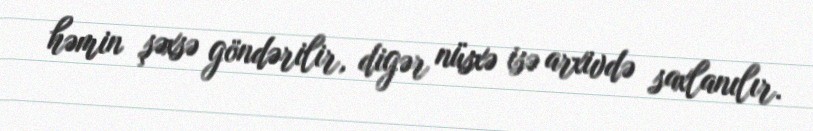
həmin şəxsə göndərilir, digər nüsxə isə arxivdə saxlanılır.